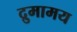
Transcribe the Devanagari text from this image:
द्रुमामय